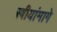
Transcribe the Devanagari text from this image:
स्त्रीयांमागे